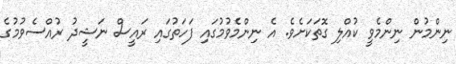
ނިންމުން ނިންމެވީ ކުއްލި ގޮތަކަށެވެ. އެ ނިންމެވުމުގައި ފަހަތުގައި ރައީސް ނަޝީދު ރުއްސެވުމުގެ